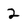
Character: 2